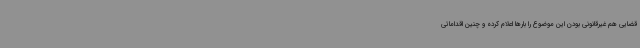
قضایی هم غیرقانونی بودن این موضوع را بارها اعلام کرده و چنین اقداماتی